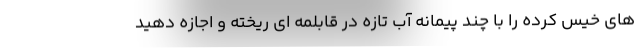
های خیس کرده را با چند پیمانه آب تازه در قابلمه ای ریخته و اجازه دهید